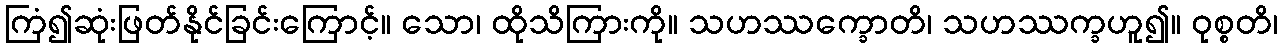
ကြံ၍ဆုံးဖြတ်နိုင်ခြင်းကြောင့်။ သော၊ ထိုသိကြားကို။ သဟဿက္ခောတိ၊ သဟဿက္ခဟူ၍။ ဝုစ္စတိ၊